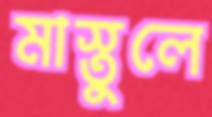
মাস্তুলে